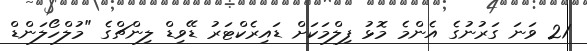
21 ވަނަ ގަރުނުގެ އެންމެ މޮޅު ފިލްމަކަށް ޑައިރެކްޓަރު ޑޭވިޑް ލިންޗްގެ "މުލްހޯލަންޑް